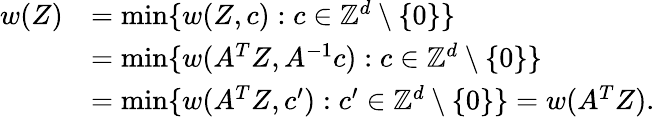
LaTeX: \begin{array}{rl}{w(Z)}&{=\operatorname*{min}\{ w(Z,c):c\in\mathbb{Z}^{d}\setminus\{ 0\} \} }\\ &{=\operatorname*{min}\{ w(A^{T}Z,A^{-1}c):c\in\mathbb{Z}^{d}\setminus\{ 0\} \} }\\ &{=\operatorname*{min}\{ w(A^{T}Z,c^{\prime}):c^{\prime}\in\mathbb{Z}^{d}\setminus\{ 0\} \} =w(A^{T}Z).}\end{array}